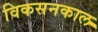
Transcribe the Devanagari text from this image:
विकसनकाल